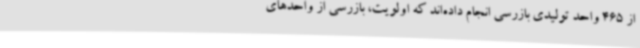
از 465 واحد تولیدی بازرسی انجام داده‌اند که اولویت، بازرسی از واحدهای